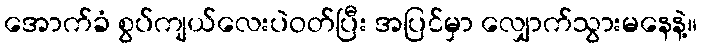
အောက်ခံ စွပ်ကျယ်လေးပဲဝတ်ပြီး အပြင်မှာ လျှောက်သွားမနေနဲ့။